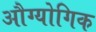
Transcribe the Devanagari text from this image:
औग्योगिक